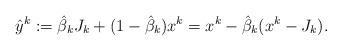
LaTeX: \begin{align*}\hat{y}^k:=\hat{\beta}_kJ_k+(1-\hat{\beta}_k)x^k=x^k-\hat{\beta}_k(x^k-J_k).\end{align*}